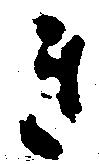
き